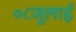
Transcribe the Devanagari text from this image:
०८जुलाई